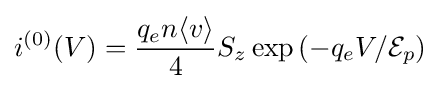
i^{(0)}(V)={\frac {q_{e}n\langle v\rangle }{4}}S_{z}\exp \left(-q_{e}V/{\mathcal {E}}_{p}\right)